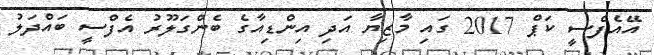
އޭއެފްސީ ކަޕް 2017 ގައި މާޒިޔާ އަދި އިންޑިއާގެ ބެންގަލޫރު އެފްސީ ބައްދަލު